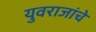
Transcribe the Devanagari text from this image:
युवराजांचे